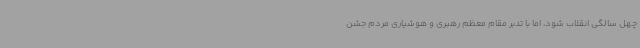
چهل سالگی انقلاب شود، اما با تدبر مقام معظم رهبری و هوشیاری مردم جشن